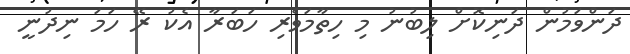
ދަންވަމުން ދަނިކޮށް ލިބުނު މި ހިތާމަވެރި ހަބަރާ އެކު ރޭ ހަމަ ނިދުނީ